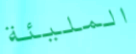
المليئة